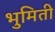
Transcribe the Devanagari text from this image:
भुमिती